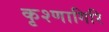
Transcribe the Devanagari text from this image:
कृश्णागिरि